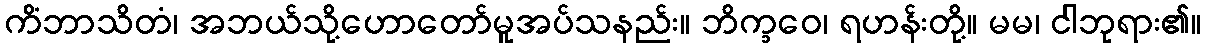
ကိံဘာသိတံ၊ အဘယ်သို့ဟောတော်မူအပ်သနည်း။ ဘိက္ခဝေ၊ ရဟန်းတို့။ မမ၊ ငါဘုရား၏။